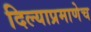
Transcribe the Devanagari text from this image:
दिल्याप्रमाणेच